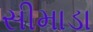
સીમાડા